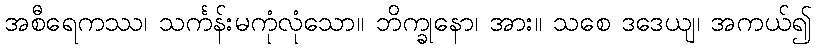
အစီရေကဿ၊ သင်္ကန်းမကုံလုံသော။ ဘိက္ခုနော၊ အား။ သစေ ဒဒေယျ၊ အကယ်၍